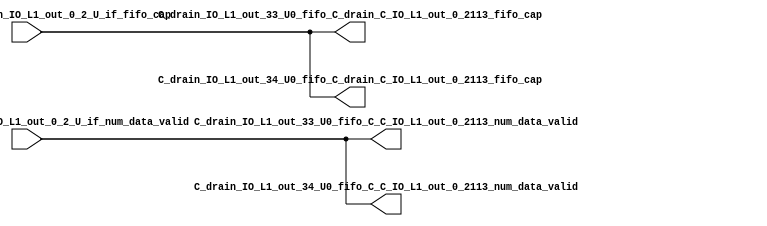
// ==================================================
// RTL generated by RapidStream
//
// Copyright 2024 RapidStream Design Automation, Inc.
// All Rights Reserved.
// ==================================================
`timescale 1 ns / 1 ps
module __rs_kernel3_aux_split_aux_66 #(
    parameter C_S_AXI_CONTROL_DATA_WIDTH  = 32,
    parameter C_S_AXI_CONTROL_ADDR_WIDTH  = 6,
    parameter C_S_AXI_DATA_WIDTH          = 32,
    parameter C_M_AXI_GMEM_A_ID_WIDTH     = 1,
    parameter C_M_AXI_GMEM_A_ADDR_WIDTH   = 64,
    parameter C_M_AXI_GMEM_A_DATA_WIDTH   = 512,
    parameter C_M_AXI_GMEM_A_AWUSER_WIDTH = 1,
    parameter C_M_AXI_GMEM_A_ARUSER_WIDTH = 1,
    parameter C_M_AXI_GMEM_A_WUSER_WIDTH  = 1,
    parameter C_M_AXI_GMEM_A_RUSER_WIDTH  = 1,
    parameter C_M_AXI_GMEM_A_BUSER_WIDTH  = 1,
    parameter C_M_AXI_GMEM_A_USER_VALUE   = 0,
    parameter C_M_AXI_GMEM_A_PROT_VALUE   = 0,
    parameter C_M_AXI_GMEM_A_CACHE_VALUE  = 3,
    parameter C_M_AXI_DATA_WIDTH          = 32,
    parameter C_M_AXI_GMEM_B_ID_WIDTH     = 1,
    parameter C_M_AXI_GMEM_B_ADDR_WIDTH   = 64,
    parameter C_M_AXI_GMEM_B_DATA_WIDTH   = 512,
    parameter C_M_AXI_GMEM_B_AWUSER_WIDTH = 1,
    parameter C_M_AXI_GMEM_B_ARUSER_WIDTH = 1,
    parameter C_M_AXI_GMEM_B_WUSER_WIDTH  = 1,
    parameter C_M_AXI_GMEM_B_RUSER_WIDTH  = 1,
    parameter C_M_AXI_GMEM_B_BUSER_WIDTH  = 1,
    parameter C_M_AXI_GMEM_B_USER_VALUE   = 0,
    parameter C_M_AXI_GMEM_B_PROT_VALUE   = 0,
    parameter C_M_AXI_GMEM_B_CACHE_VALUE  = 3,
    parameter C_M_AXI_GMEM_C_ID_WIDTH     = 1,
    parameter C_M_AXI_GMEM_C_ADDR_WIDTH   = 64,
    parameter C_M_AXI_GMEM_C_DATA_WIDTH   = 512,
    parameter C_M_AXI_GMEM_C_AWUSER_WIDTH = 1,
    parameter C_M_AXI_GMEM_C_ARUSER_WIDTH = 1,
    parameter C_M_AXI_GMEM_C_WUSER_WIDTH  = 1,
    parameter C_M_AXI_GMEM_C_RUSER_WIDTH  = 1,
    parameter C_M_AXI_GMEM_C_BUSER_WIDTH  = 1,
    parameter C_M_AXI_GMEM_C_USER_VALUE   = 0,
    parameter C_M_AXI_GMEM_C_PROT_VALUE   = 0,
    parameter C_M_AXI_GMEM_C_CACHE_VALUE  = 3,
    parameter C_S_AXI_CONTROL_WSTRB_WIDTH = 4,
    parameter C_S_AXI_WSTRB_WIDTH         = 4,
    parameter C_M_AXI_GMEM_A_WSTRB_WIDTH  = 64,
    parameter C_M_AXI_WSTRB_WIDTH         = 4,
    parameter C_M_AXI_GMEM_B_WSTRB_WIDTH  = 64,
    parameter C_M_AXI_GMEM_C_WSTRB_WIDTH  = 64
) (
    output wire [1:0] C_drain_IO_L1_out_33_U0_fifo_C_C_IO_L1_out_0_2113_num_data_valid,
    output wire [1:0] C_drain_IO_L1_out_33_U0_fifo_C_drain_C_IO_L1_out_0_2113_fifo_cap,
    output wire [1:0] C_drain_IO_L1_out_34_U0_fifo_C_C_IO_L1_out_0_2113_num_data_valid,
    output wire [1:0] C_drain_IO_L1_out_34_U0_fifo_C_drain_C_IO_L1_out_0_2113_fifo_cap,
    input wire  [1:0] fifo_C_drain_C_drain_IO_L1_out_0_2_U_if_fifo_cap,
    input wire  [1:0] fifo_C_drain_C_drain_IO_L1_out_0_2_U_if_num_data_valid
);
assign C_drain_IO_L1_out_33_U0_fifo_C_C_IO_L1_out_0_2113_num_data_valid = fifo_C_drain_C_drain_IO_L1_out_0_2_U_if_num_data_valid;
assign C_drain_IO_L1_out_33_U0_fifo_C_drain_C_IO_L1_out_0_2113_fifo_cap = fifo_C_drain_C_drain_IO_L1_out_0_2_U_if_fifo_cap;
assign C_drain_IO_L1_out_34_U0_fifo_C_C_IO_L1_out_0_2113_num_data_valid = fifo_C_drain_C_drain_IO_L1_out_0_2_U_if_num_data_valid;
assign C_drain_IO_L1_out_34_U0_fifo_C_drain_C_IO_L1_out_0_2113_fifo_cap = fifo_C_drain_C_drain_IO_L1_out_0_2_U_if_fifo_cap;
endmodule